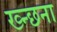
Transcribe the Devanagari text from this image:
ख्न्छना